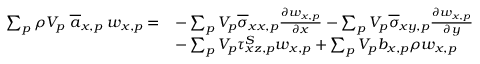
\begin{array} { r l } { \sum _ { p } \rho V _ { p } \; \overline { { a } } _ { x , p } \; w _ { x , p } = } & { - \sum _ { p } V _ { p } \overline { { \sigma } } _ { x x , p } \frac { \partial w _ { x , p } } { \partial x } - \sum _ { p } V _ { p } \overline { { \sigma } } _ { x y , p } \frac { \partial w _ { x , p } } { \partial y } } \\ & { - \sum _ { p } V _ { p } \tau _ { x z , p } ^ { S } w _ { x , p } + \sum _ { p } V _ { p } b _ { x , p } \rho w _ { x , p } } \end{array}